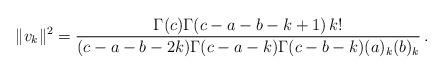
LaTeX: \begin{align*}\|v_{k}\|^{2}=\frac{\Gamma(c)\Gamma(c-a-b-k+1)\, k!}{(c-a-b-2k)\Gamma(c-a-k)\Gamma(c-b-k)(a)_{k}(b)_{k}}\,.\end{align*}